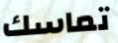
تماسك